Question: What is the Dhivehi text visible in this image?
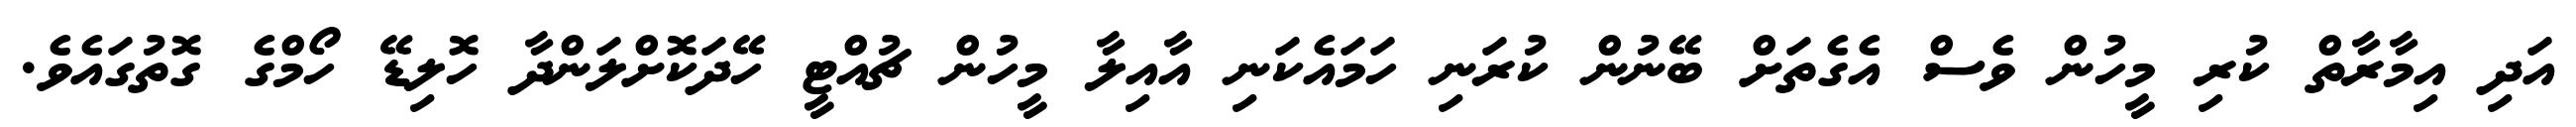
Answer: އަދި އިމާރާތް ކުރި މީހުން ވެސް އެގެތަށް ބޭނުން ކުރަނި ހަމައެކަނި އާއިލާ މީހުން ޗުއްޓީ ހޭދަކޮށްލަންދާ ހޮލިޑޭ ހޯމްގެ ގޮތުގައެވެ.